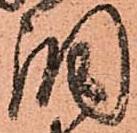
調